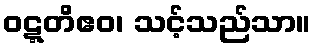
ဝဋ္ဋတိဧဝ၊ သင့်သည်သာ။